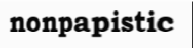
nonpapistic